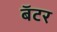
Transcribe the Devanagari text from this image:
बॅटर